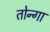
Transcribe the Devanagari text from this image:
तोन्गा